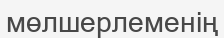
мөлшерлеменің